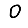
Digit: 0